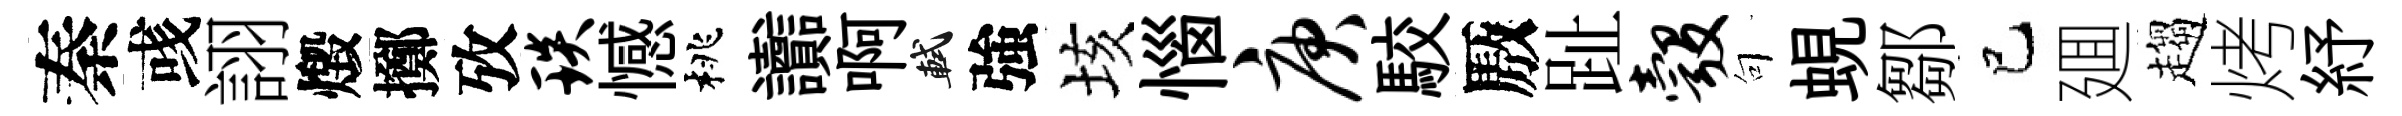
秦彧詡燬擲攷琰憾桃讟啊軾強垓惱庚駮厫趾彀句蜆鄒巳廽趨烤紓